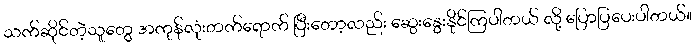
သက်ဆိုင်တဲ့သူတွေ အကုန်လုံးတက်ရောက် ပြီးတော့လည်း ဆွေးနွေးနိုင်ကြပါတယ် လို့ ပြောပြပေးပါတယ်။